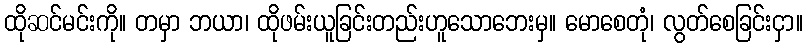
ထိုဆင်မင်းကို။ တမှာ ဘယာ၊ ထိုဖမ်းယူခြင်းတည်းဟူသောဘေးမှ။ မောစေတုံ၊ လွတ်စေခြင်းငှာ။